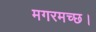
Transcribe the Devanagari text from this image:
मगरमच्छ।